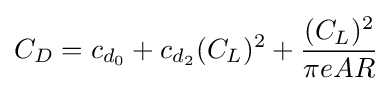
C_{D}=c_{d_{0}}+c_{d_{2}}(C_{L})^{2}+{\frac {(C_{L})^{2}}{\pi eAR}}